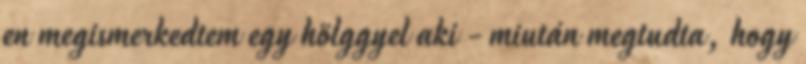
en megismerkedtem egy hölggyel aki - miután megtudta, hogy